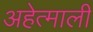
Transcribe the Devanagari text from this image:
अहेत्माली